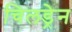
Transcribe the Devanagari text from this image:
चिलड्रेन